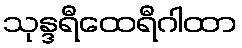
သုန္ဒရီထေရီဂါထာ